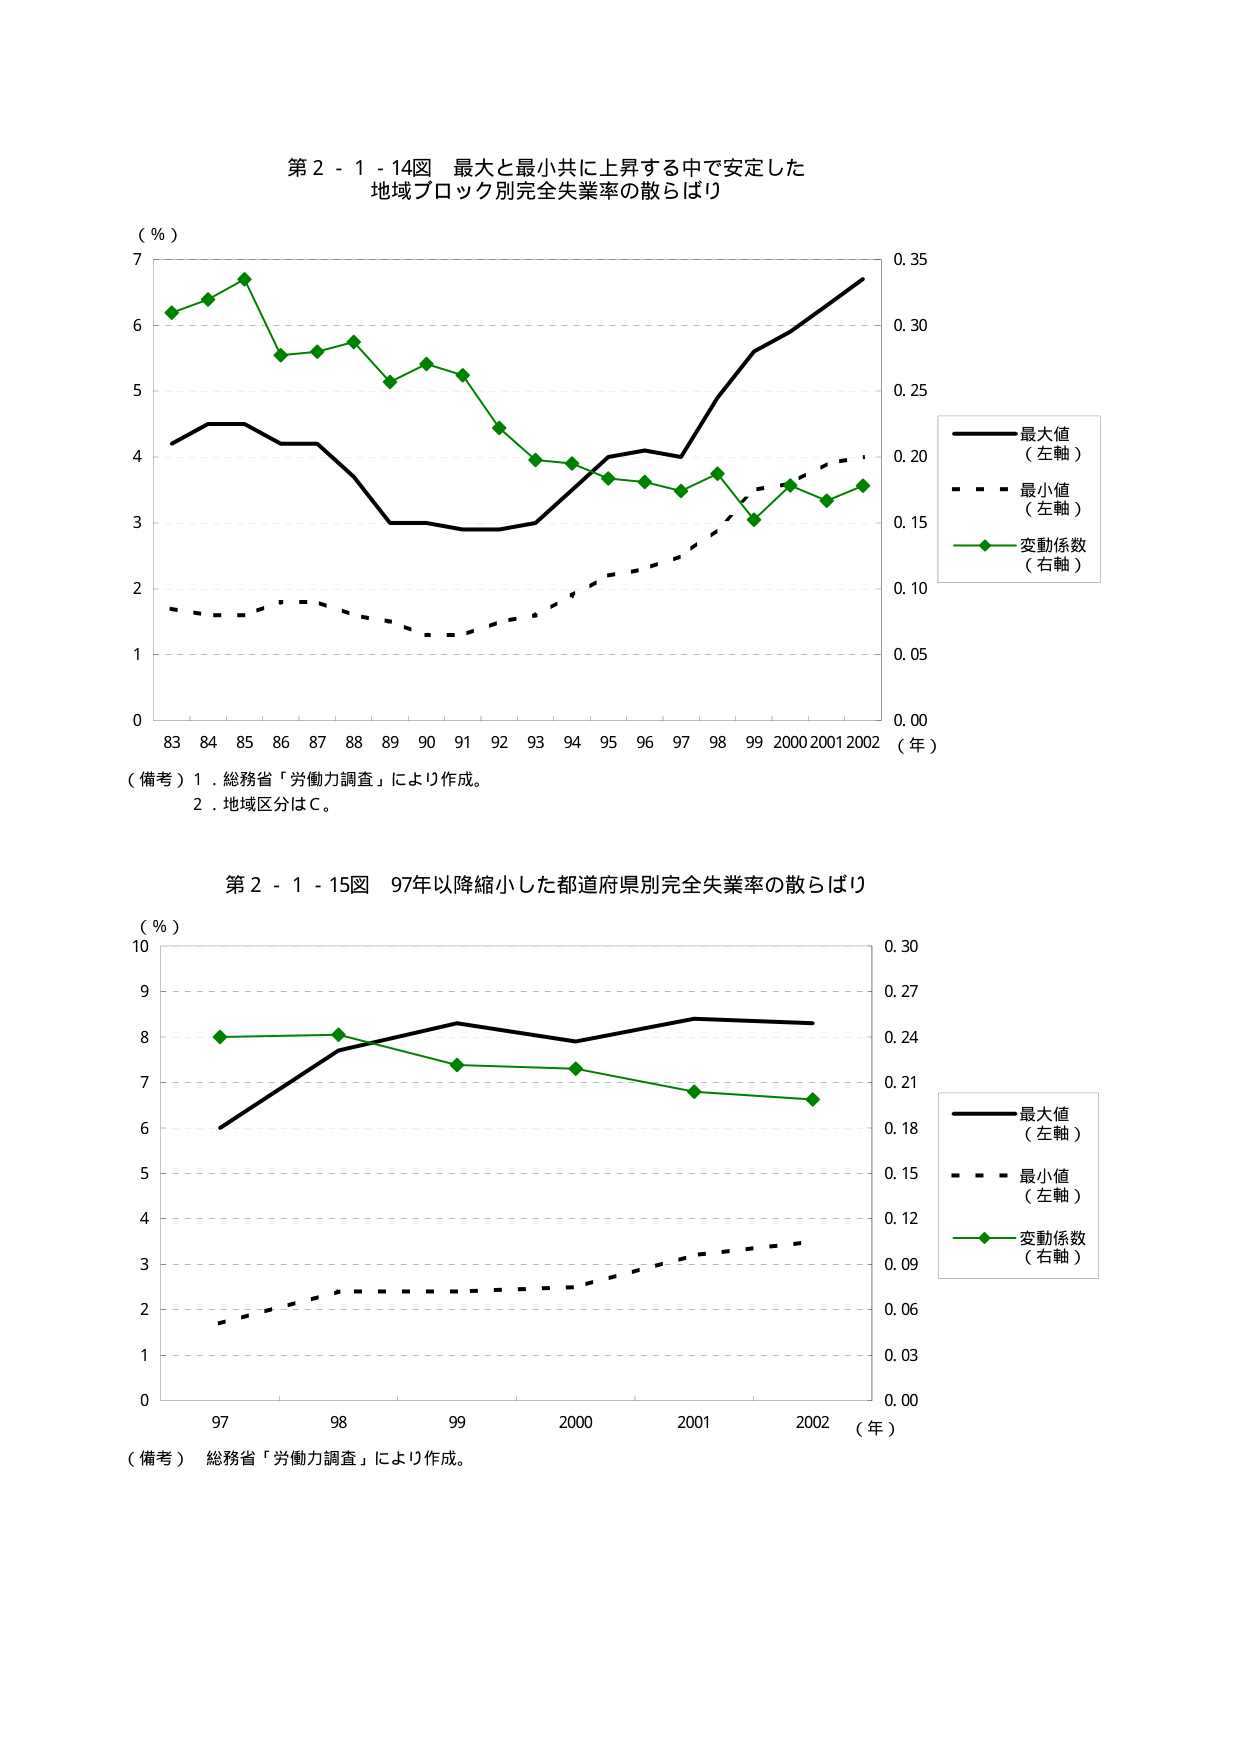
第２－１－１４図 最大と最小共に上昇する中で安定した
地域ブロック別完全失業率の散らばり

（％）
7
6
5
4
3
2
1
0

83 84 85 86 87 88 89 90 91 92 93 94 95 96 97 98 99 2000 2001 2002 （年）

（備考）１．総務省「労働力調査」により作成。
　　　２．地域区分はＣ。

■ 最大値
　（左軸）
■ 最小値
　（左軸）
■ 変動係数
　（右軸）

0.35
0.30
0.25
0.20
0.15
0.10
0.05
0.00

第２－１－１５図 97年以降縮小した都道府県別完全失業率の散らばり

（％）
10
9
8
7
6
5
4
3
2
1
0

97 98 99 2000 2001 2002 （年）

（備考） 総務省「労働力調査」により作成。

■ 最大値
　（左軸）
■ 最小値
　（左軸）
■ 変動係数
　（右軸）

0.30
0.27
0.24
0.21
0.18
0.15
0.12
0.09
0.06
0.03
0.00